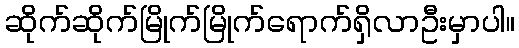
ဆိုက်ဆိုက်မြိုက်မြိုက်ရောက်ရှိလာဦးမှာပါ။